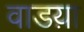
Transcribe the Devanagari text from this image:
वाडय़ा